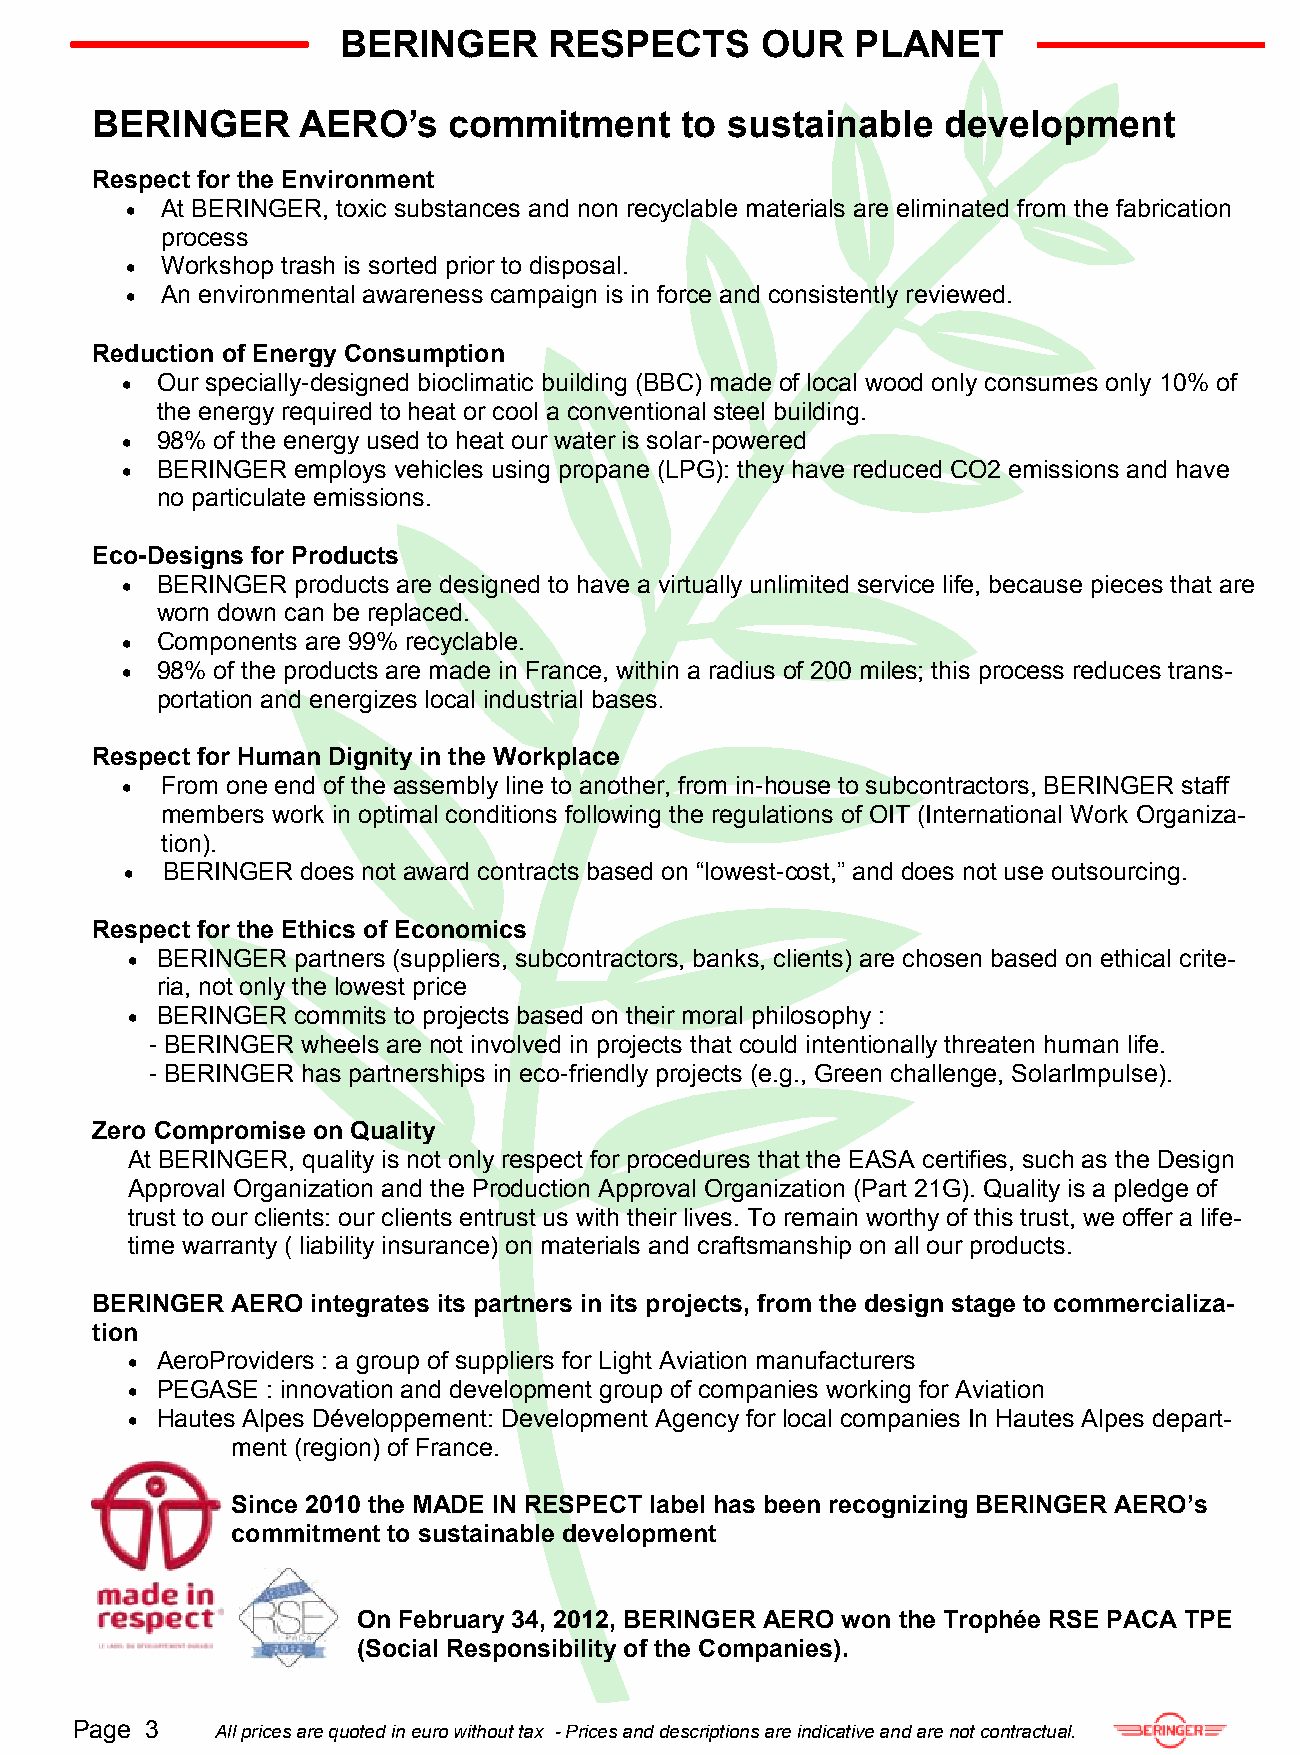
BERINGER      RESPECTS      OUR    PLANET
 BERINGER      AERO’s    commitment     to sustainable   development
 Respect for the Environment
   At BERINGER, toxic substances and non recyclable materials are eliminated from the fabrication
 process
   Workshop trash is sorted prior to disposal.
   An environmental awareness campaign is in force and consistently reviewed.
 Reduction of Energy Consumption
  Our specially-designed bioclimatic building (BBC) made of local wood only consumes only 10% of
 the energy required to heat or cool a conventional steel building.
  98% of the energy used to heat our water is solar-powered
  BERINGER employs vehicles using propane (LPG): they have reduced CO2 emissions and have
 no particulate emissions.
 Eco-Designs for Products
  BERINGER products are designed to have a virtually unlimited service life, because pieces that are
 worn down can be replaced.
  Components are 99% recyclable.
  98% of the products are made in France, within a radius of 200 miles; this process reduces trans-
 portation and energizes local industrial bases.
 Respect for Human Dignity in the Workplace
   From one end of the assembly line to another, from in-house to subcontractors, BERINGER staff
 members work in optimal conditions following the regulations of OIT (International Work Organiza-
 tion).
   BERINGER does not award contracts based on “lowest-cost,” and does not use outsourcing.
 Respect for the Ethics of Economics
  BERINGER partners (suppliers, subcontractors, banks, clients) are chosen based on ethical crite-
 ria, not only the lowest price
  BERINGER commits to projects based on their moral philosophy :
 - BERINGER wheels are not involved in projects that could intentionally threaten human life.
 - BERINGER has partnerships in eco-friendly projects (e.g., Green challenge, SolarImpulse).
 Zero Compromise on Quality
 At BERINGER, quality is not only respect for procedures that the EASA certifies, such as the Design
 Approval Organization and the Production Approval Organization (Part 21G). Quality is a pledge of
 trust to our clients: our clients entrust us with their lives. To remain worthy of this trust, we offer a life-
 time warranty ( liability insurance) on materials and craftsmanship on all our products.
 BERINGER AERO  integrates its partners in its projects, from the design stage to commercializa-
 tion
  AeroProviders : a group of suppliers for Light Aviation manufacturers
  PEGASE  : innovation and development group of companies working for Aviation
  Hautes Alpes Développement: Development Agency for local companies In Hautes Alpes depart-
 ment (region) of France.
 Since 2010 the MADE IN RESPECT label has been recognizing BERINGER AERO’s
 commitment to sustainable development
 On February 34, 2012, BERINGER AERO won the Trophée RSE PACA TPE
 (Social Responsibility of the Companies).
 Page 3   All prices are quoted in euro without tax - Prices and descriptions are indicative and are not contractual.